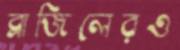
ব্রাজিলেরও